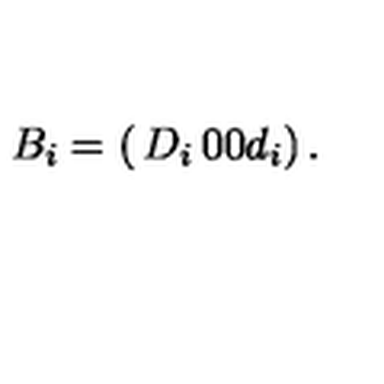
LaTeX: B _ { i } = \left( \begin{matrix} { D _ { i } } & { } & { 0 } \\ { } & { } & { } \\ { 0 } & { } & { d _ { i } } \\ \end{matrix} \right) .